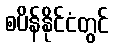
စပိန်နိုင်ငံတွင်